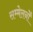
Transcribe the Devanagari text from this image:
सम्मेलनोँ